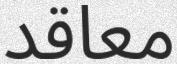
معاقد